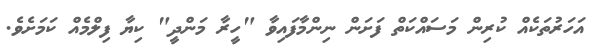
އަހަރުތަކެއް ކުރިން މަސައްކަތް ފަށަން ނިންމާފައިވާ "ހީރާ މަންދީ" ކިޔާ ފިލްމެއް ކަމަށެވެ.